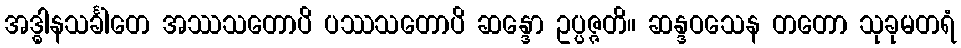
အဒ္ဓါနသင်္ခါတေ အဿသတောပိ ပဿသတောပိ ဆန္ဒော ဥပ္ပဇ္ဇတိ။ ဆန္ဒဝသေန တတော သုခုမတရံ